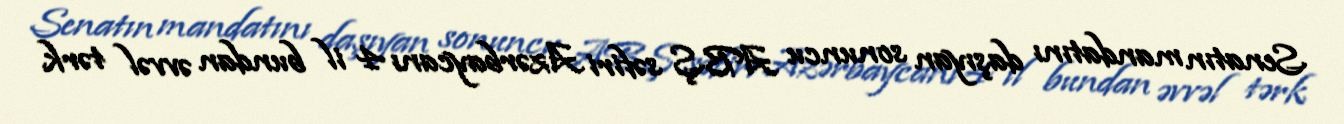
Senatın mandatını daşıyan sonuncu ABŞ səfiri Azərbaycanı 4 il bundan əvvəl tərk